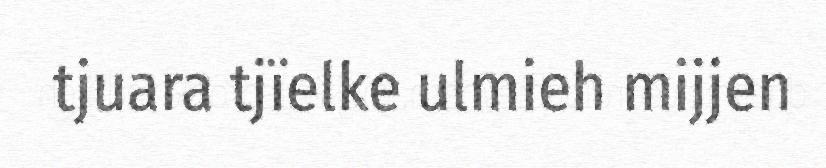
tjuara tjïelke ulmieh mijjen